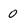
Character: 0